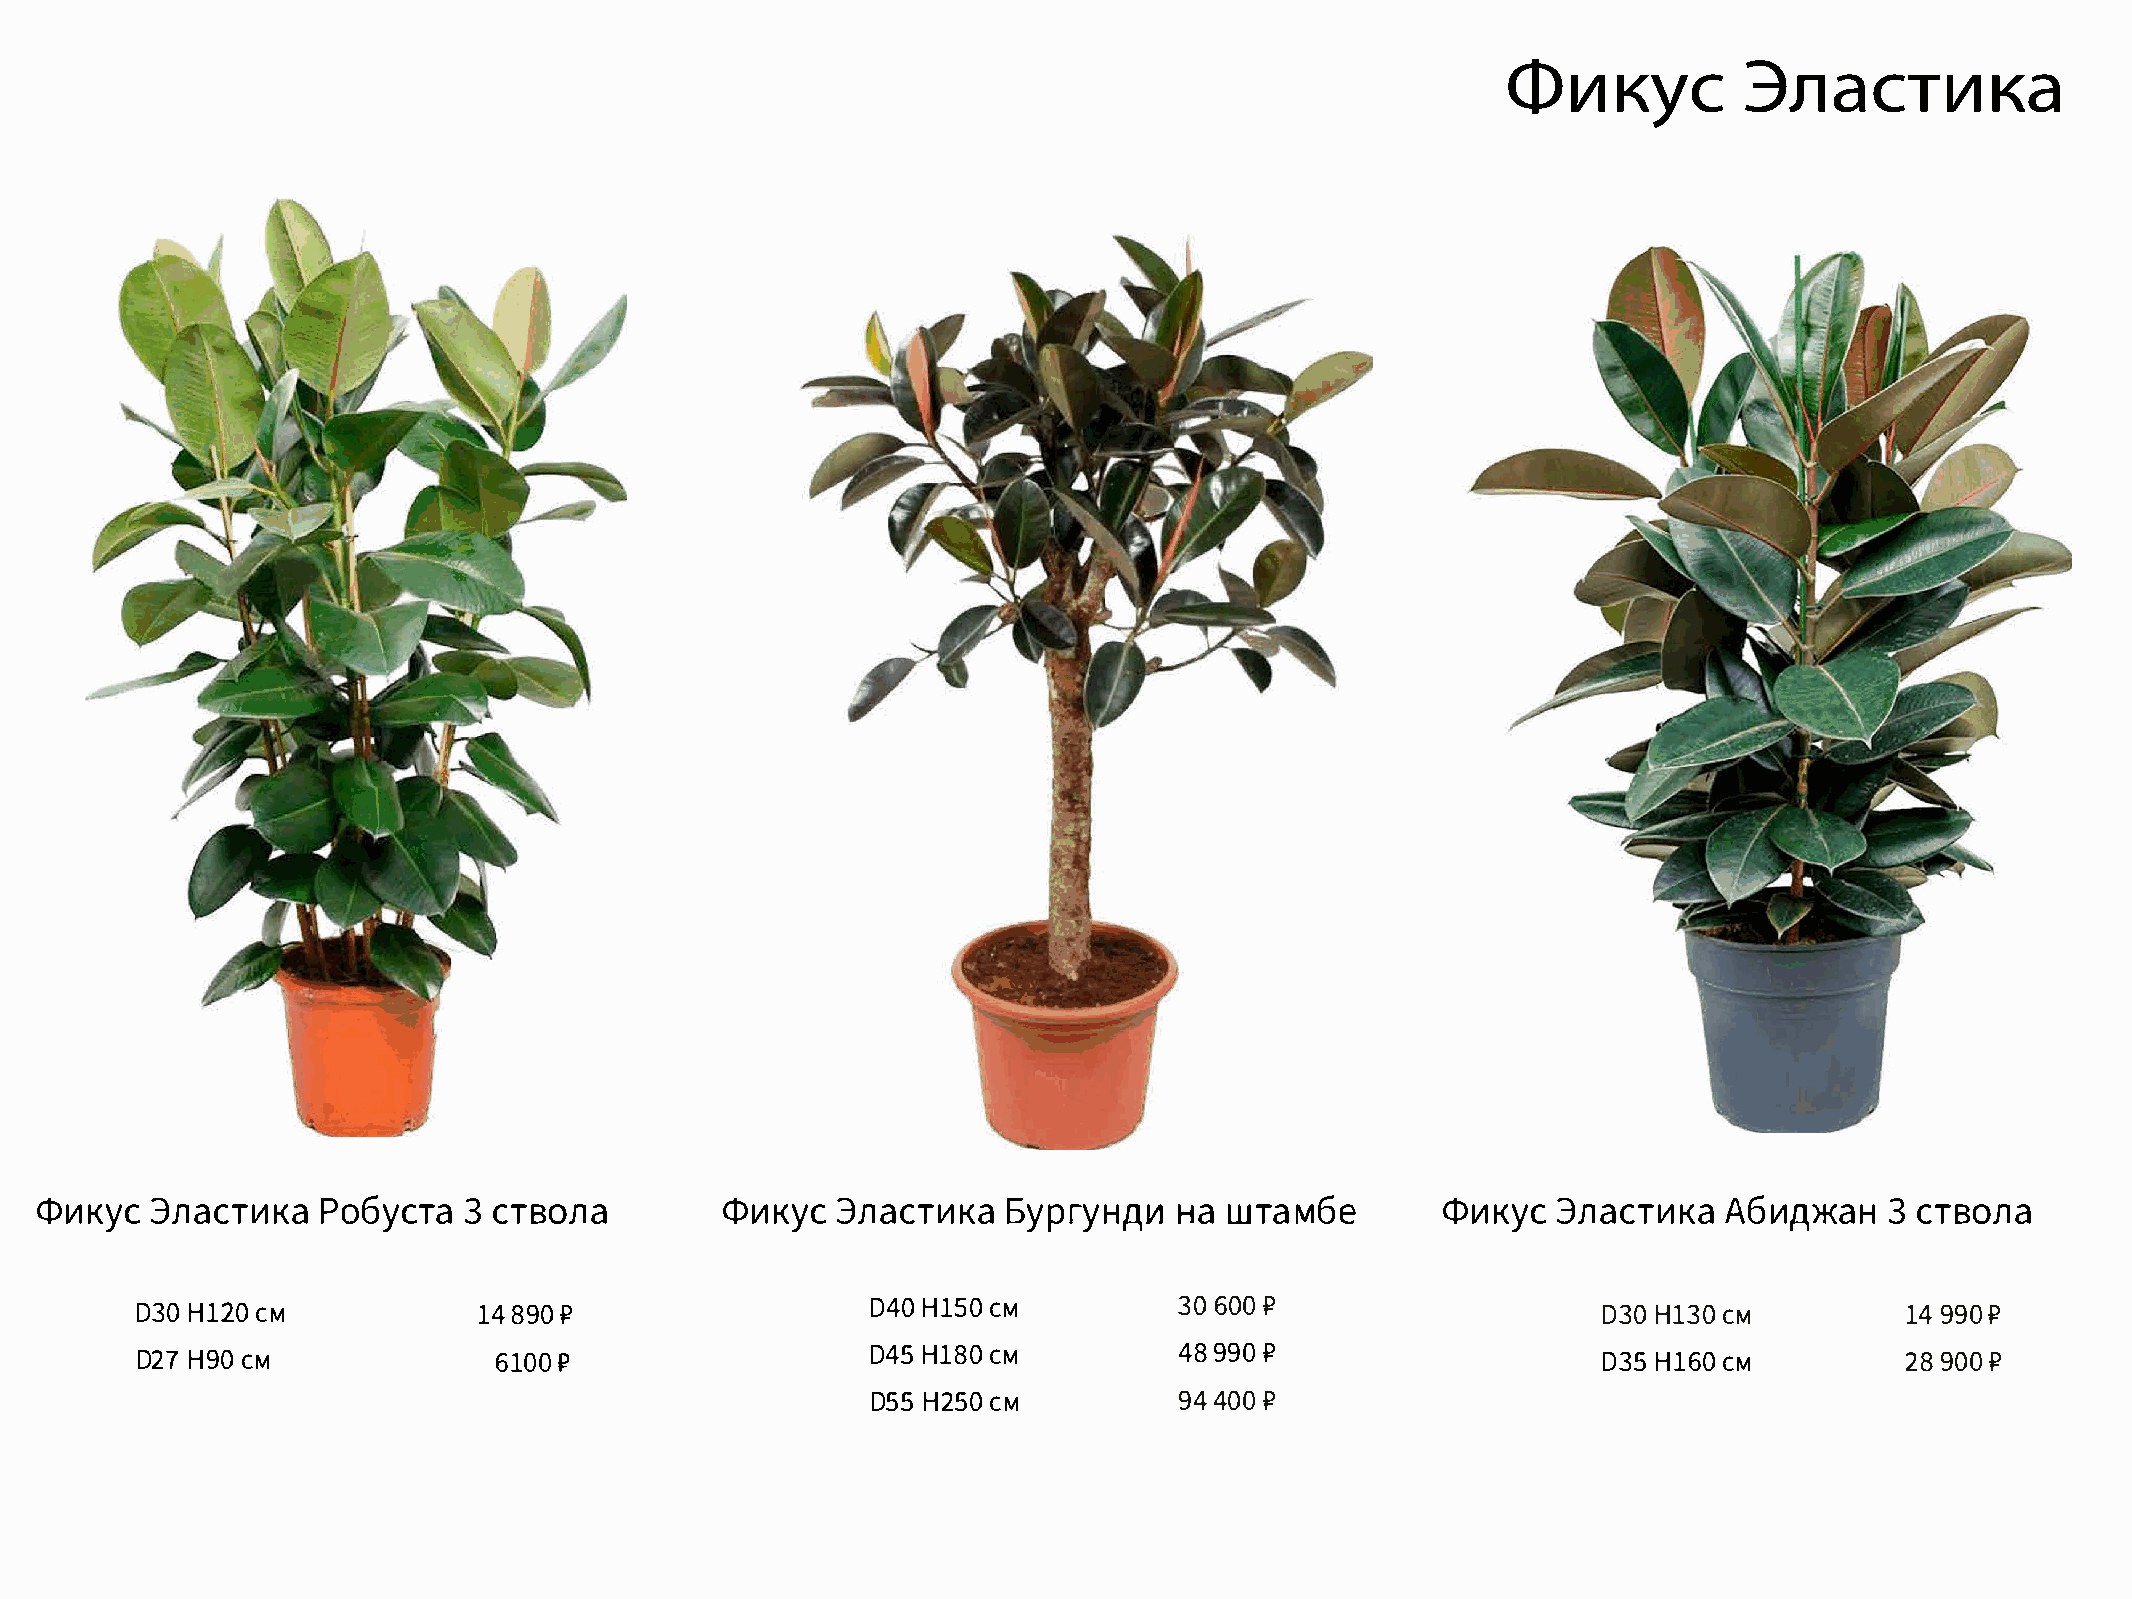
Фикус          Эластика
 <t>111Ky3cn aCTPl/1oK6ay    c3CT TaB Ona      <t>111Ky3cn aCT6l/1yKpar    yHHaAW ll1T Ma6 e  <t>111Ky3cn  aCTAl/16K111aA )K3aC HT BOna
 03H0l  2CM0            148 9P0                   04H0l  SCM0         306 0P0                     03H01   3CM0        149 9P0
 02H79  C0M              610f?0                   04H5l  8CM0         489 9P0                     03H5l   6CM0        289 00  P
 05H52  5CM0         9440P0